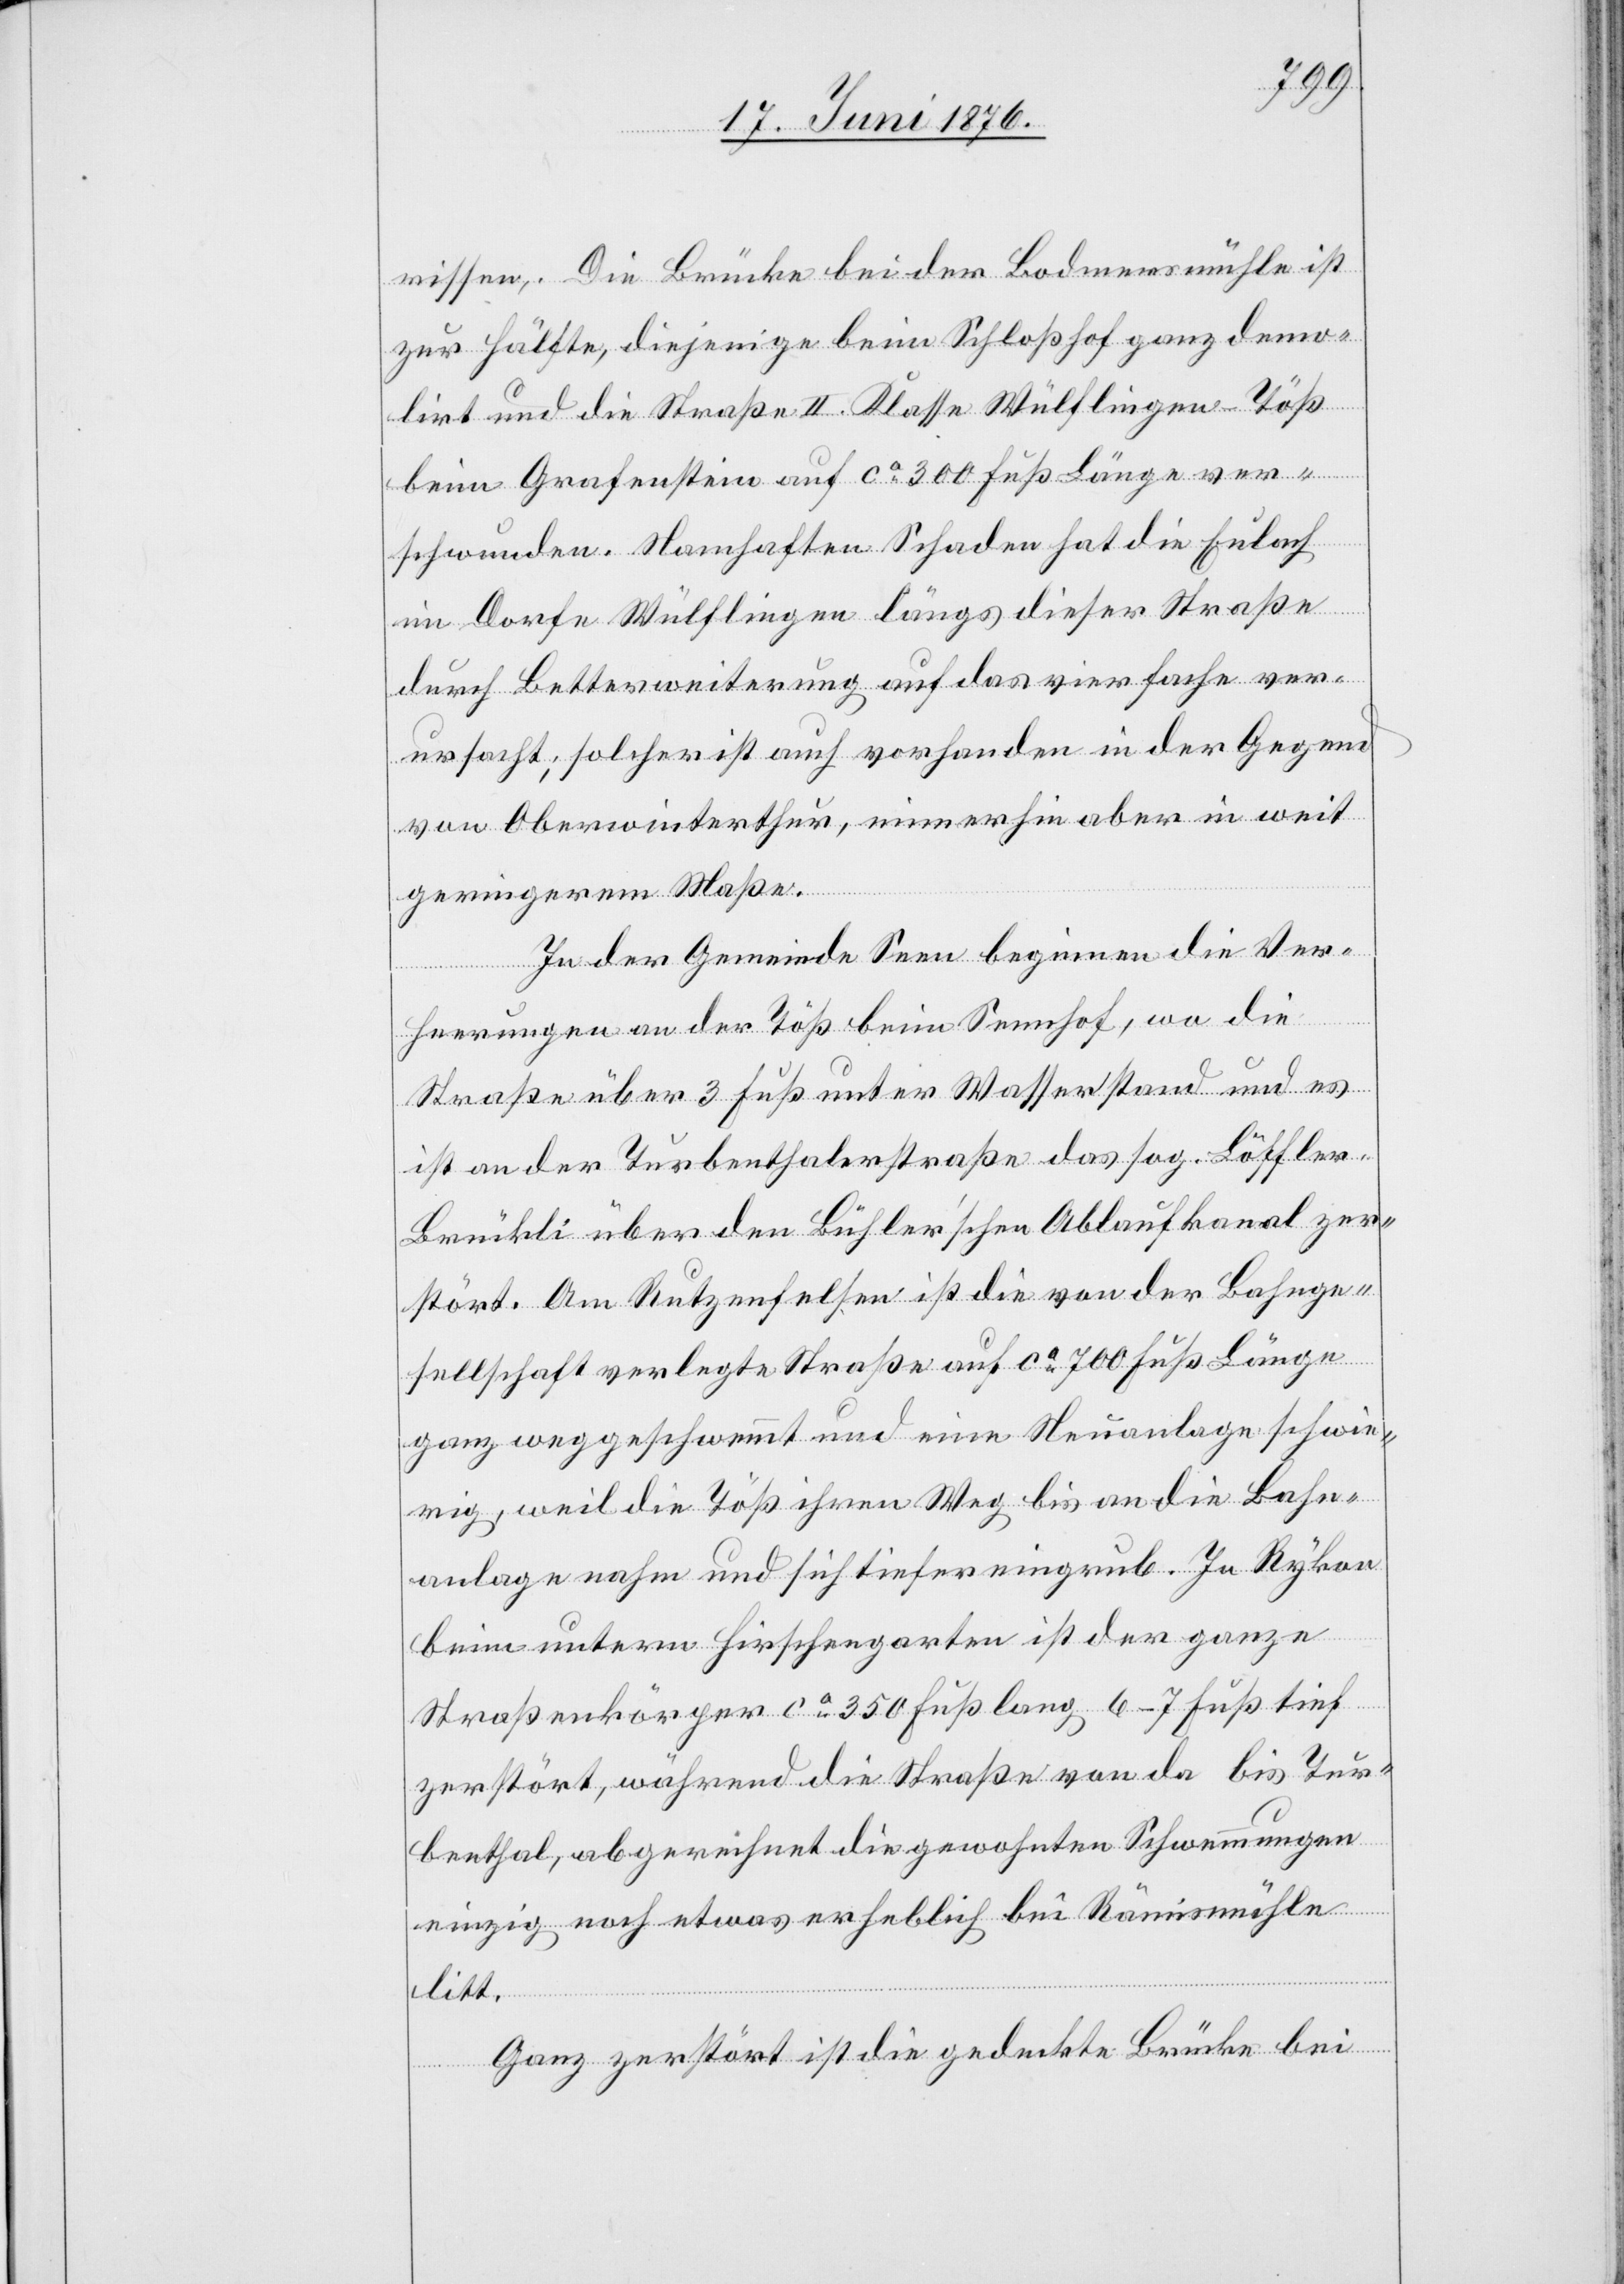
rissen. Die Brücke bei der Bodmersmühle ist
zur Hälfte, diejenige beim Schloßhof ganz demo¬
lirt und die Straße II. Klasse Wülflingen–Töß
beim Grafenstein auf ca 300 Fuß Länge ver¬
schwunden. Namhaften Schaden hat die Eulach
im Dorfe Wülflingen längs dieser Straße
durch Betterweiterung auf das vierfache ver¬
ursacht; solcher ist auch vorhanden in der Gegend
von Oberwinterthur, immerhin aber in weit
geringerem Maße.
In der Gemeinde Seen beginnen die Ver¬
heerungen an der Töß beim Sennhof, wo die
Straße über 3 Fuß unter Wasser stand und es
ist an der Turbenthalerstraße das sog. Löffler-B¬
rückli über den Bühler’schen Ablaufkanal zer¬
stört. Am Rutzenfelsen ist die von der Bahnge¬
sellschaft verlegte Straße auf ca 700 Fuß Länge
ganz weggeschwemmt und eine Neuanlage schwie¬
rig, weil die Töß ihren Weg bis an die Bahn¬
anlage nahm und sich tiefer eingrub. In Rykon
beim untern Hirschengarten ist der ganze
Straßenkörper ca 350 Fuß lang 6–7 Fuß tief
zerstört, während die Straße von da bis Tur¬
benthal, abgerechnet die gewohnten Schwemmungen
einzig noch etwas erheblich bei Rämismühle
litt.
Ganz zerstört ist die gedeckte Brücke bei